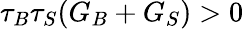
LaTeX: \tau_{B}\tau_{S}(G_{B}+G_{S})>0